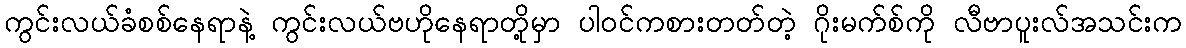
ကွင်းလယ်ခံစစ်နေရာနဲ့ ကွင်းလယ်ဗဟိုနေရာတို့မှာ ပါဝင်ကစားတတ်တဲ့ ဂိုးမက်စ်ကို လီဗာပူးလ်အသင်းက